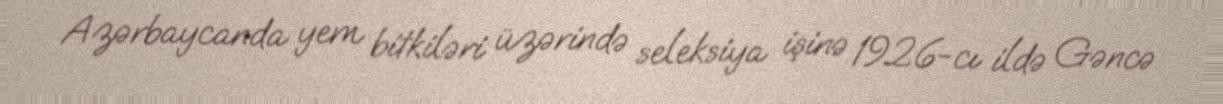
Azərbaycanda yem bitkiləri üzərində seleksiya işinə 1926-cı ildə Gəncə